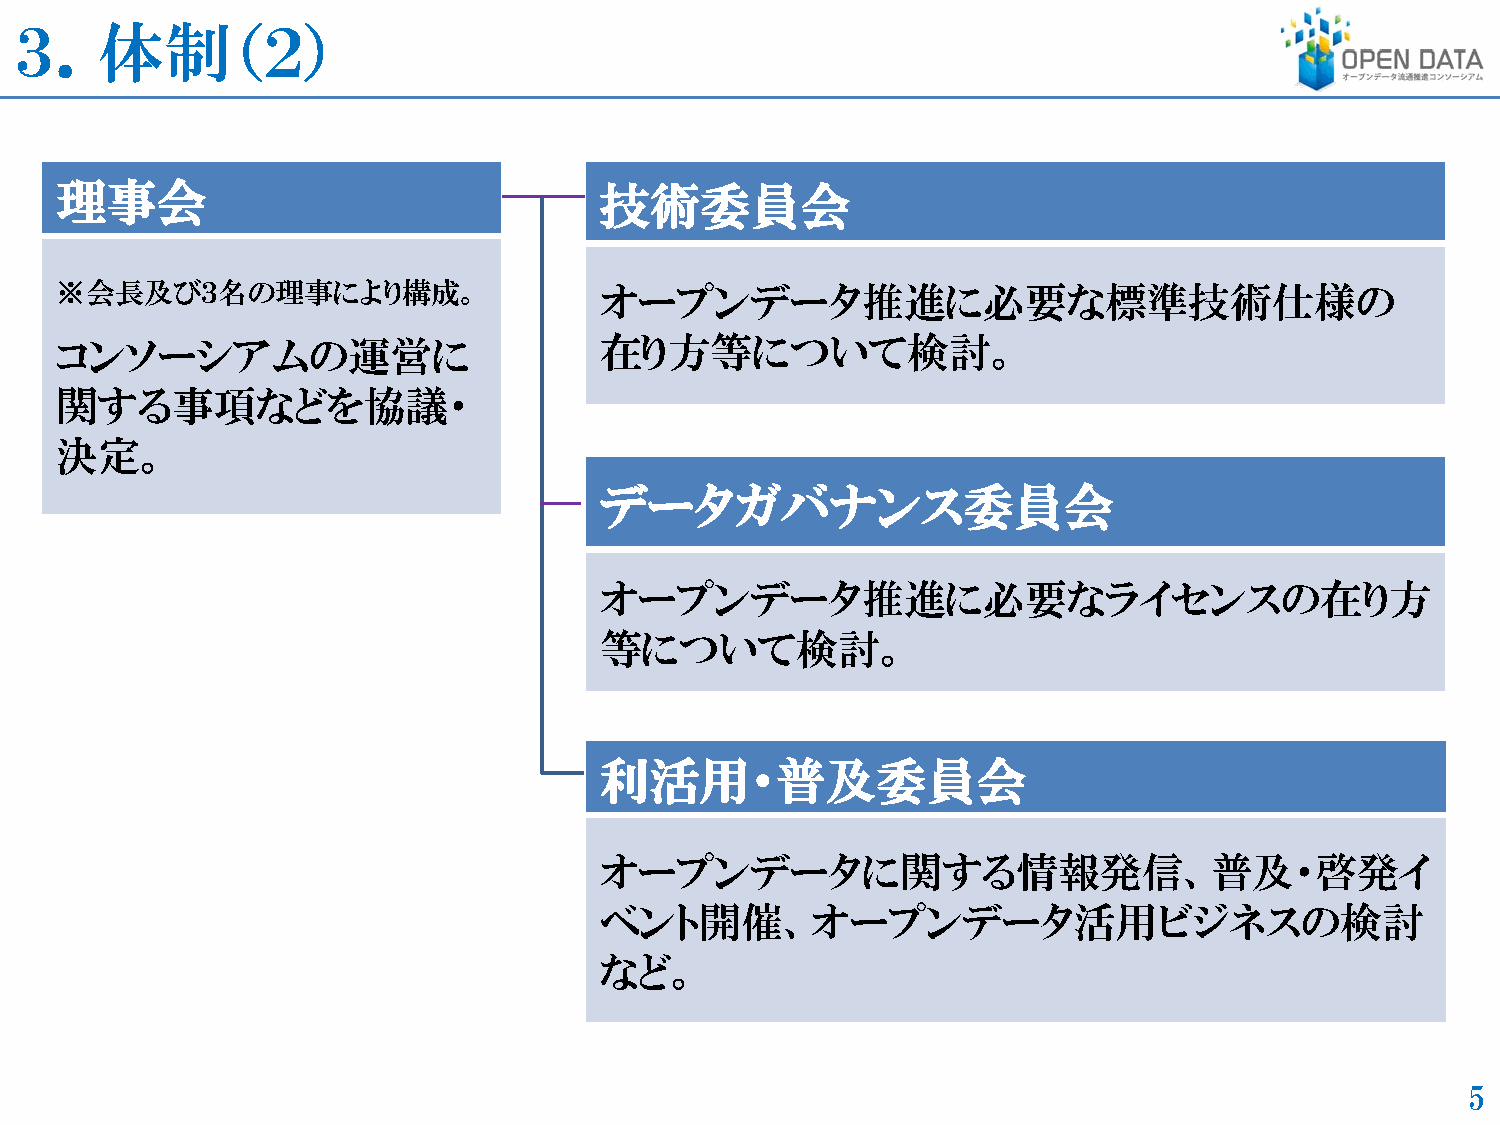
３．体制（２）
 理事会                                 技術委員会
 ※会長及び３名の理事により構成。                    オープンデータ推進に必要な標準技術仕様の
 コンソーシアムの運営に                         在り方等について検討。
 関する事項などを協議・
 決定。
 データガバナンス委員会
 オープンデータ推進に必要なライセンスの在り方
 等について検討。
 利活用・普及委員会
 オープンデータに関する情報発信、普及・啓発イ
 ベント開催、オープンデータ活用ビジネスの検討
 など。
 5